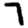
Digit: 7